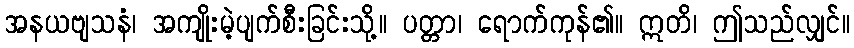
အနယဗျသနံ၊ အကျိုးမဲ့ပျက်စီးခြင်းသို့။ ပတ္တာ၊ ရောက်ကုန်၏။ ဣတိ၊ ဤသည်လျှင်။